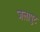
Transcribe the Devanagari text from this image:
जलापुट